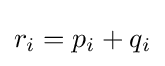
r_{i}=p_{i}+q_{i}